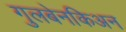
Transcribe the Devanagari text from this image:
गुलबेनकिअन